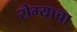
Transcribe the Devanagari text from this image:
रोग्याचा